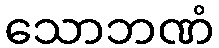
သောဘဏံ